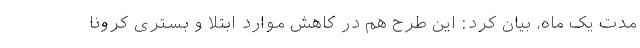
مدت یک ماه، بیان کرد: این طرح هم در کاهش موارد ابتلا و بستری کرونا